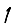
Digit: 1